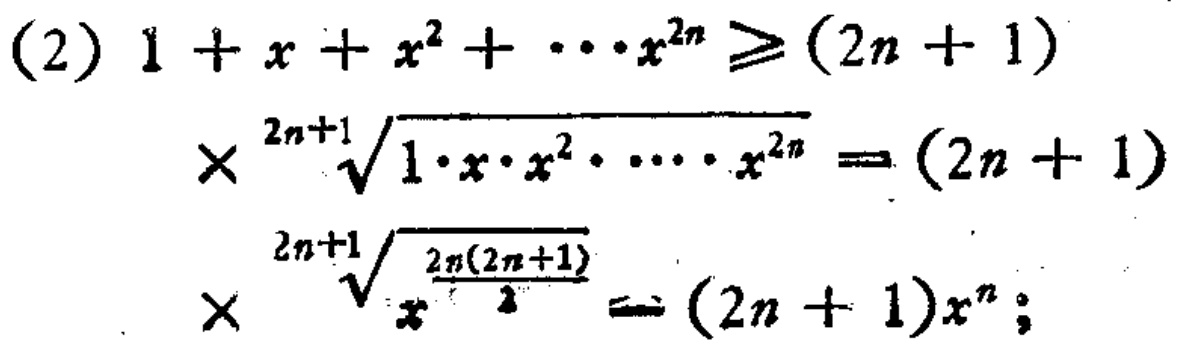
(2) \(1 + x + x^{2}+\cdots + x^{2n}\geq(2n + 1)\)

\(\times\sqrt[2n + 1]{1\cdot x\cdot x^{2}\cdots x^{2n}}=(2n + 1)\)

\(\times\sqrt[2n + 1]{x^{\frac{2n(2n + 1)}{2}}}=(2n + 1)x^{n}\);